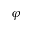
\varphi